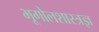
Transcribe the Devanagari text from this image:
भूगोलशास्त्रज्ञ